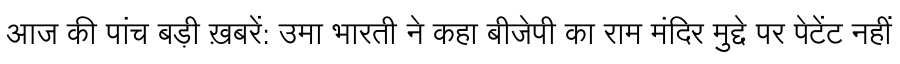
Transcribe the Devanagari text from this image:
आज की पांच बड़ी ख़बरें: उमा भारती ने कहा बीजेपी का राम मंदिर मुद्दे पर पेटेंट नहीं